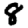
Digit: 8